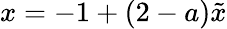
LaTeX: x=-1+(2-a){\tilde{x}}